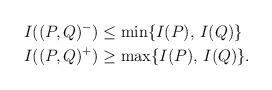
\begin{align*}I((P,Q)^-)&\le \min\{I(P),\,I(Q)\}\\I((P,Q)^+)&\ge \max\{I(P),\,I(Q)\}.\end{align*}